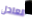
العادل